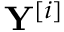
\mathbf { Y } ^ { [ i ] }